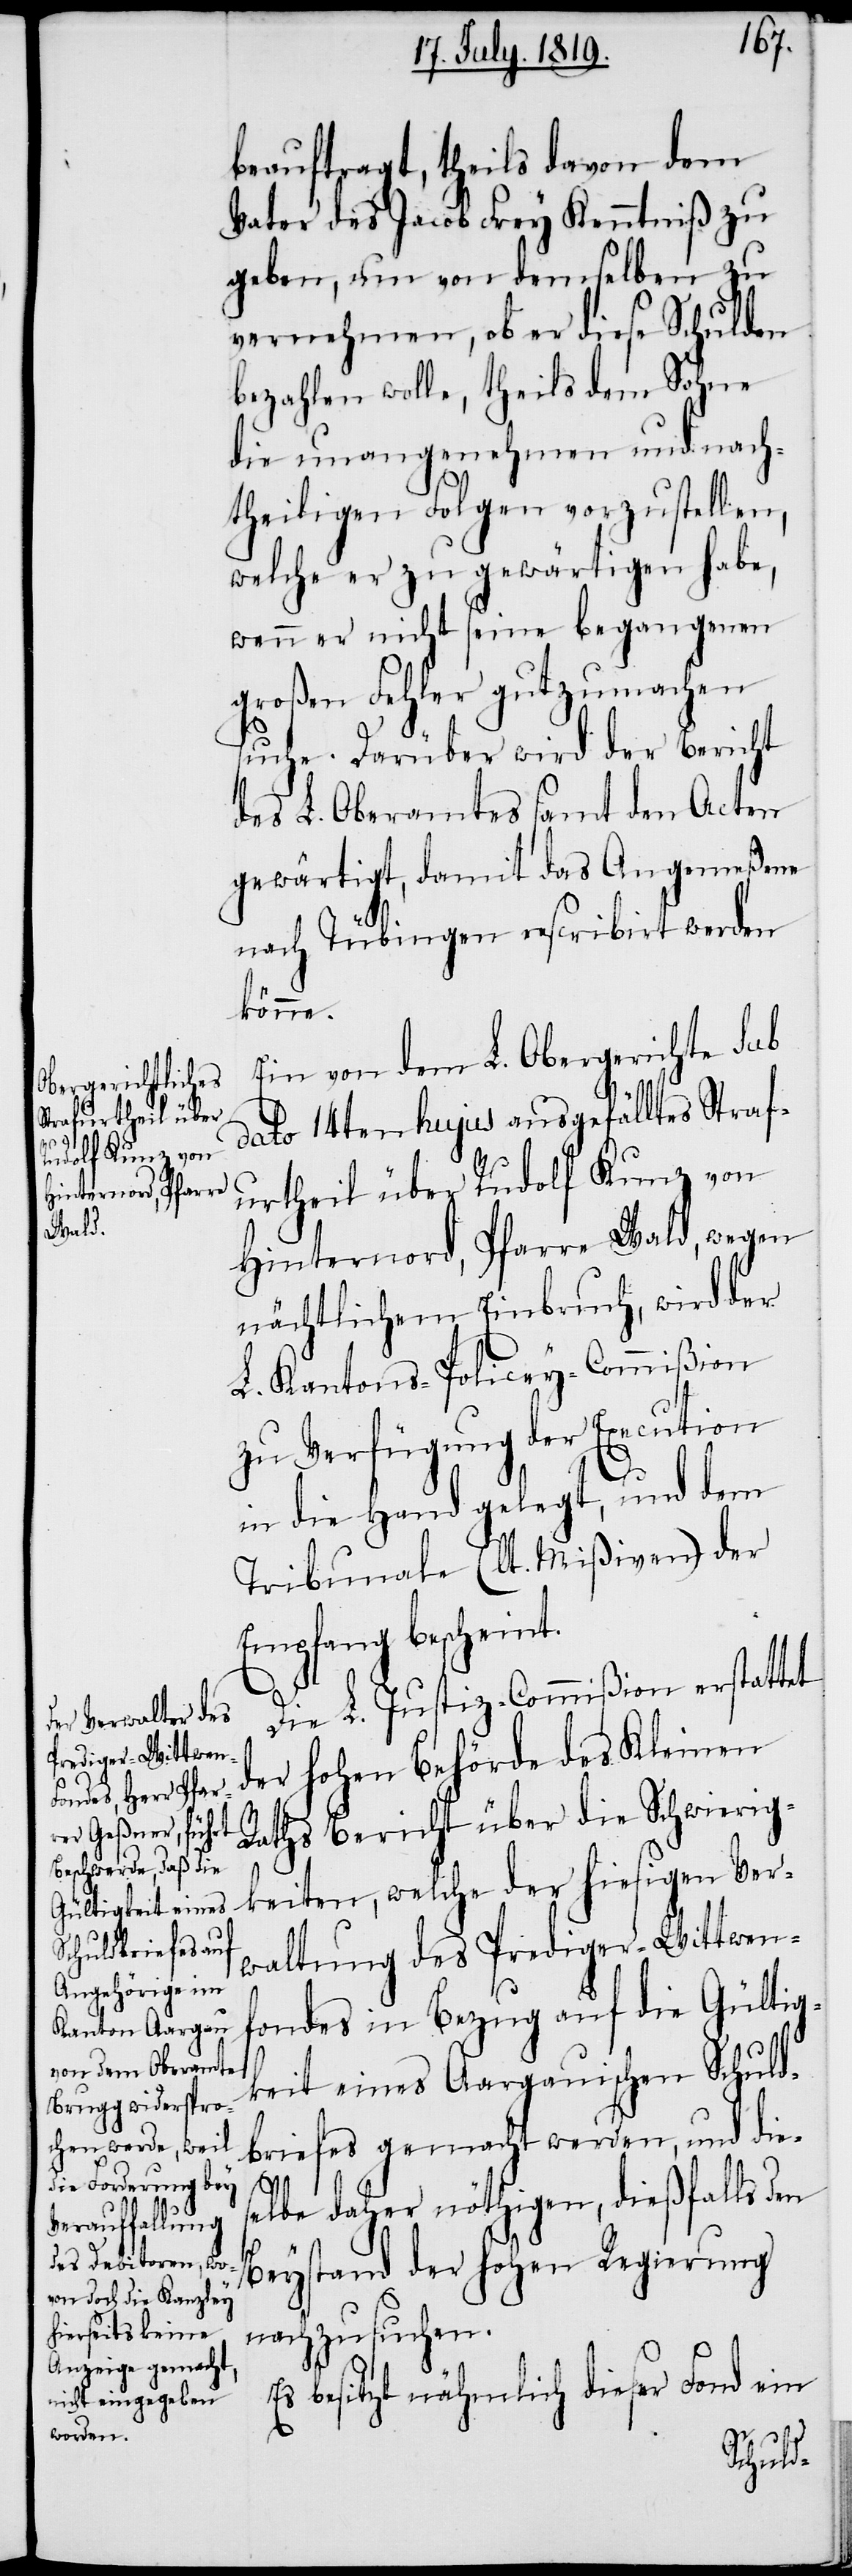
beauftragt, theils davon dem
Vater des Jacob Frey Kenntniß zu
geben, um von demselben zu
vernehmen, ob er diese Schulden
bezahlen wolle, theils dem Sohne
die unangenehmen und nach¬
theiligen Folgen vorzustellen,
welche er zu gewärtigen habe,
wenn er nicht seine begangenen
großen Fehler gutzumachen
suche. Darüber wird der Bericht
des L. Oberamtes samt den Acten
gewärtigt, damit das Angemeßene
nach Tübingen rescribirt werden
könne.
Ein von dem L. Obergerichte sub
dato 14ten hujus ausgefälltes Straf¬
urtheil über Rudolf Kunz von
Hinternord, Pfarre Wald, wegen
nächtlichem Einbruch, wird der
L. Kantons-Policey-Commißion
zu Verfügung der Execution
in die Hand gelegt, und dem
Tribunale (lt. Mißiven) der
Empfang bescheint.
Die L. Justiz-Commißion erstattet
der hohen Behörde des Kleinen
Raths Bericht über die Schwierig¬
keiten, welche der hiesigen Ver¬
waltung des Prediger-Wittwenf¬
ondes in Bezug auf die Gültig¬
keit eines Aargauischen Schuld¬
briefes gemacht werden, und dies¬
elbe daher nöthigen, dießfalls den
Beystand der hohen Regierung
nachzusuchen.
Es besitzt nähmlich dieser Fond ein